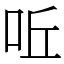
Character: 𠰋